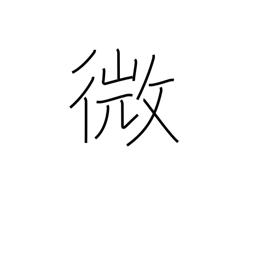
Meaning: delicate